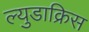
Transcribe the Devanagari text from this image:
ल्युडाक्रिस